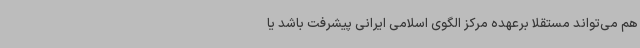
هم می‌تواند مستقلا برعهده مرکز الگوی اسلامی ایرانی پیشرفت باشد یا